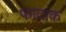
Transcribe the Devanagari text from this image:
फाटाक